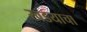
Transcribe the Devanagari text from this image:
खडयाचा